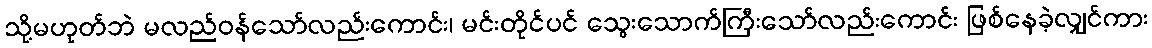
သို့မဟုတ်ဘဲ မလည်ဝန်သော်လည်းကောင်း၊ မင်းတိုင်ပင် သွေးသောက်ကြီးသော်လည်းကောင်း ဖြစ်နေခဲ့လျှင်ကား